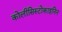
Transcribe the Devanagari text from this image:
कोलीसिस्टोकाइनिन